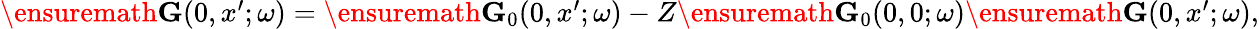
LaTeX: \begin{array}{r}{\ensuremath{\mathbf{G}}(0,x^{\prime};\omega)=\ensuremath{\mathbf{G}}_{0}(0,x^{\prime};\omega)-Z\ensuremath{\mathbf{G}}_{0}(0,0;\omega)\ensuremath{\mathbf{G}}(0,x^{\prime};\omega),}\end{array}